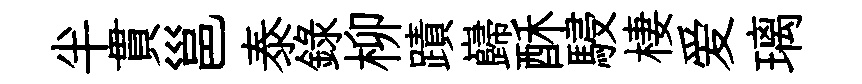
半貫邕泰録柳蹟巋酥駸棲爱璃